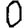
Digit: 0